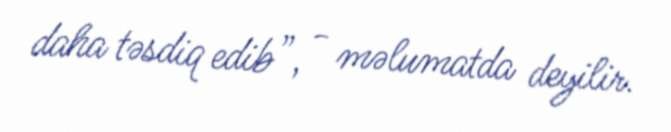
daha təsdiq edib”, - məlumatda deyilir.